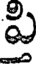
పి